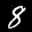
Label: 8